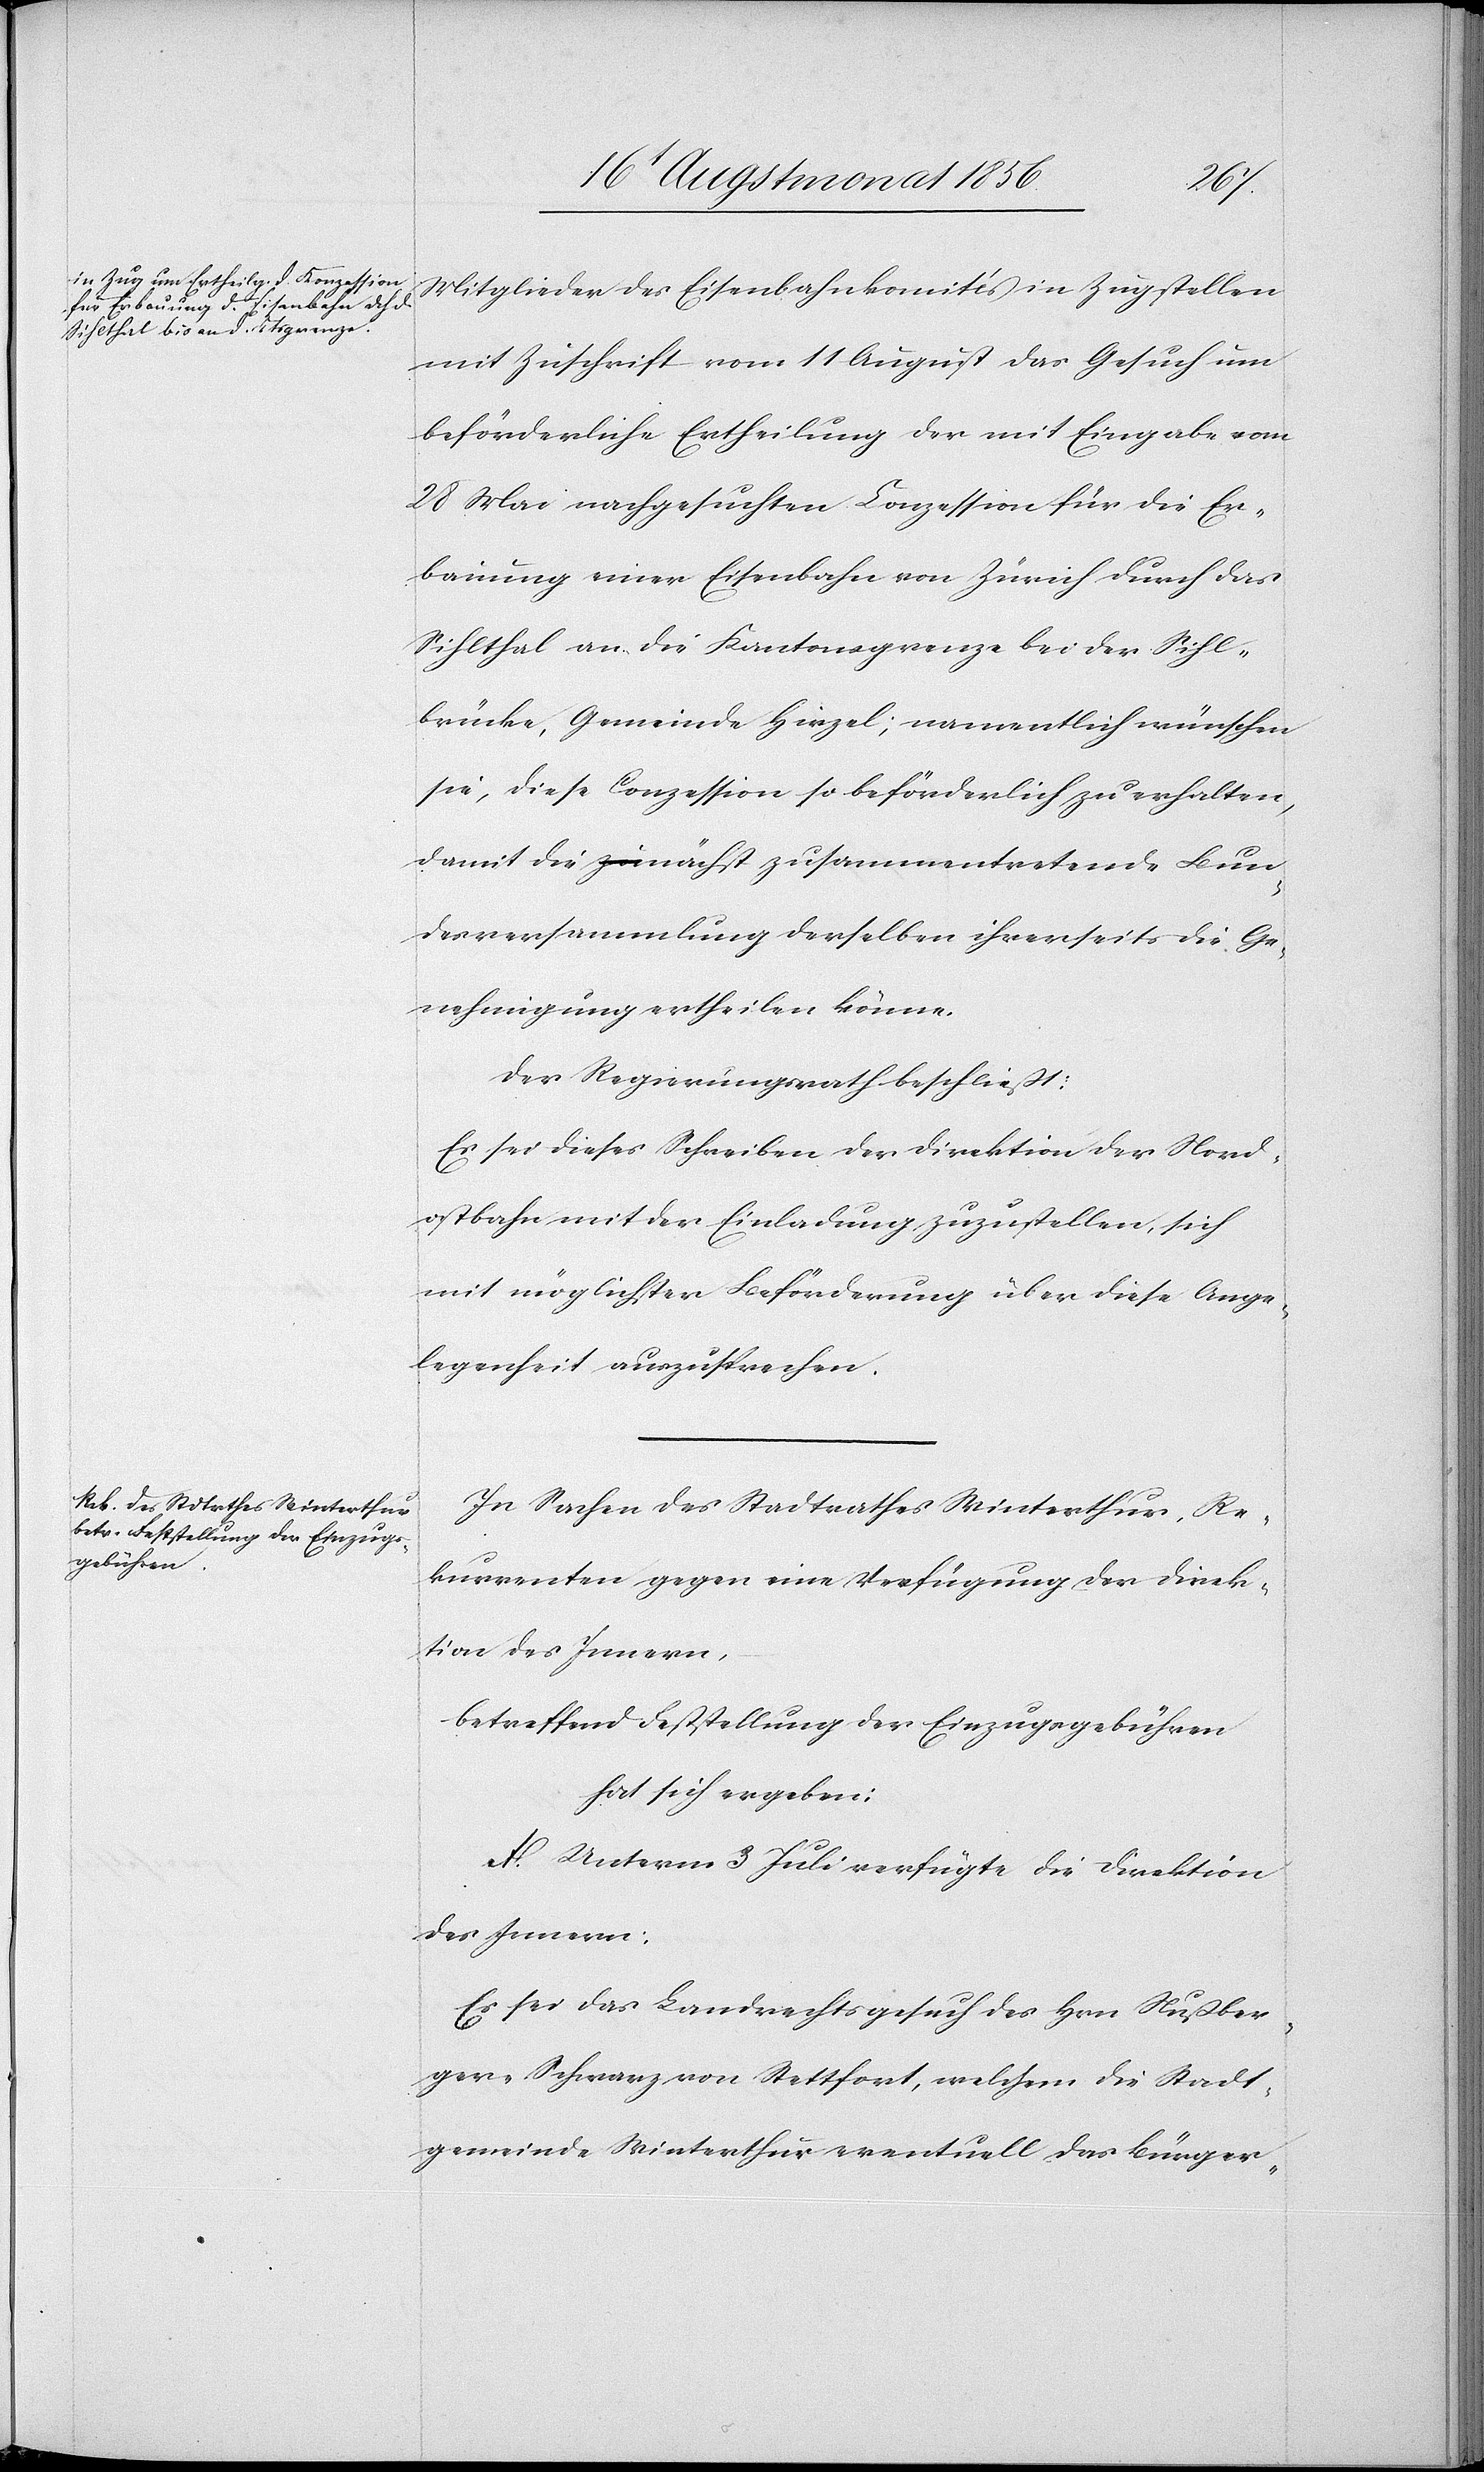
Mitglieder des Eisenbahnkomités in Zug stellen
mit Zuschrift vom 11 August das Gesuch um
beförderliche Ertheilung der mit Eingabe vom
28 Mai nachgesuchten Conzession für die Er¬
bauung einer Eisenbahn von Zürich durch das
Sihlthal an die Kantonsgrenze bei der Sihl¬
brücke, Gemeinde Hirzel; namentlich wünschen
sie, diese Conzession so beförderlich zu erhalten,
damit die nächst zusammentretende Bun¬
desversammlung derselben ihrerseits die Ge¬
nehmigung ertheilen könne.
Der Regierungsrath beschließt:
Es sei dieses Schreiben der Direktion der Nord¬
ostbahn mit der Einladung zuzustellen, sich
mit möglichster Beförderung über diese Ange¬
legenheit auszusprechen.
In Sachen des Stadtrathes Winterthur, Re¬
kurrenten gegen eine Verfügung der Direk¬
tion des Innern,
betreffend Feststellung der Einzugsgebühren
hat sich ergeben:
A. Unterm 3 Juli verfügte die Direktion
des Innern:
Es sei das Landrechtsgesuch des Hrn Nußber¬
ger-Schwarz von Stettfort, welchem die Stadt¬
gemeinde Winterthur eventuell das Bürger-